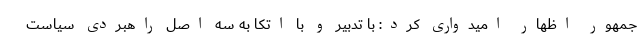
جمهور اظهار امیدواری کرد: با تدبیر و با اتکا به سه اصل راهبردی سیاست